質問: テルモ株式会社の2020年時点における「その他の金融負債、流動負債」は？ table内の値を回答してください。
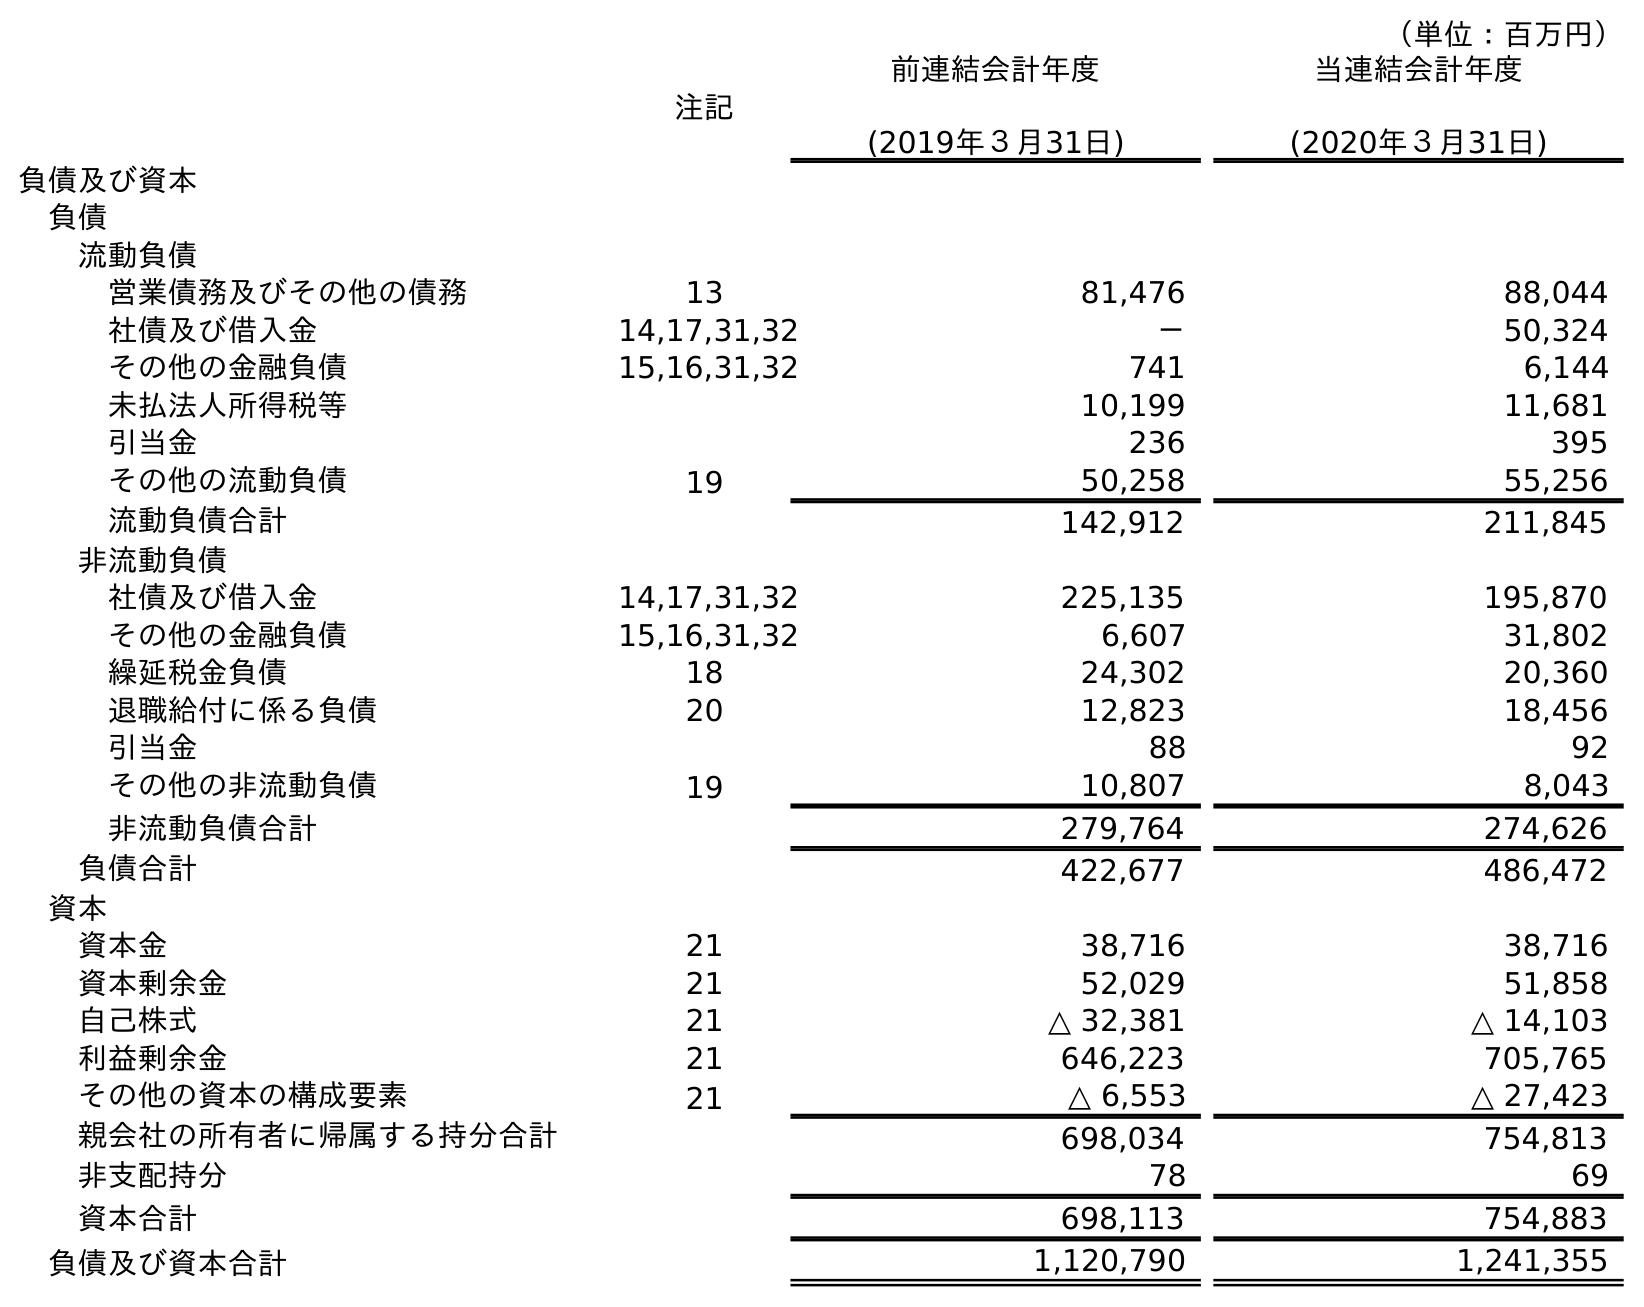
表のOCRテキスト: （単位：百万円） 注記 前連結会計年度 (2019年３月31日) 当連結会計年度 (2020年３月31日) 負債及び資本 負債 流動負債 営業債務及びその他の債務 13 81,476 88,044 社債及び借入金 14,17,31,32 － 50,324 その他の金融負債 15,16,31,32 741 6,144 未払法人所得税等 10,199 11,681 引当金 236 395 その他の流動負債 19 50,258 55,256 流動負債合計 142,912 211,845 非流動負債 社債及び借入金 14,17,31,32 225,135 195,870 その他の金融負債 15,16,31,32 6,607 31,802 繰延税金負債 18 24,302 20,360 退職給付に係る負債 20 12,823 18,456 引当金 88 92 その他の非流動負債 19 10,807 8,043 非流動負債合計 279,764 274,626 負債合計 422,677 486,472 資本 資本金 21 38,716 38,716 資本剰余金 21 52,029 51,858 自己株式 21 △ 32,381 △ 14,103 利益剰余金 21 646,223 705,765 その他の資本の構成要素 21 △ 6,553 △ 27,423 親会社の所有者に帰属する持分合計 698,034 754,813 非支配持分 78 69 資本合計 698,113 754,883 負債及び資本合計 1,120,790 1,241,355
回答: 6,144